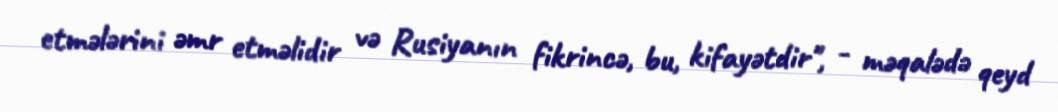
etmələrini əmr etməlidir və Rusiyanın fikrincə, bu, kifayətdir", - məqalədə qeyd